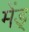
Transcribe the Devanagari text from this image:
मेंड्